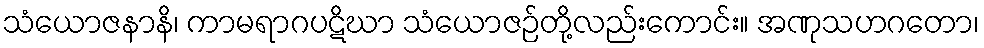
သံယောဇနာနိ၊ ကာမရာဂပဋိဃာ သံယောဇဉ်တို့လည်းကောင်း။ အဏုသဟဂတော၊